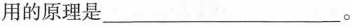
用的原理是________。